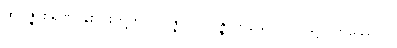
ထိုဝိဇ္ဇာစရဏ နှစ်ပါးတို့တွင်။ ဝိဇ္ဇာတိ၊ ဝိဇ္ဇာဟူသော ပါဌ်ဖြင့်။ တိဿောပိ၊